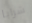
شرابا